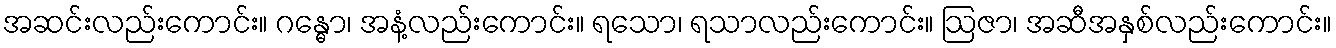
အဆင်းလည်းကောင်း။ ဂန္ဓော၊ အနံ့လည်းကောင်း။ ရသော၊ ရသာလည်းကောင်း။ ဩဇာ၊ အဆီအနှစ်လည်းကောင်း။